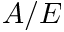
A / E